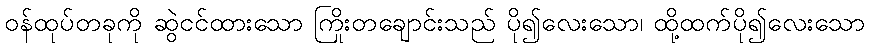
ဝန်ထုပ်တခုကို ဆွဲငင်ထားသော ကြိုးတချောင်းသည် ပို၍လေးသော၊ ထို့ထက်ပို၍လေးသော